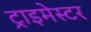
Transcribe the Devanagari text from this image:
ट्राइमेस्टर